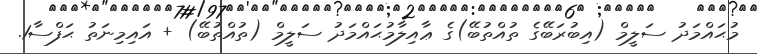
މުޙައްމަދު ސަލީމް (އިބުރަބޭގެ ތުއްތުބޭ)ގެ ޢާއިލާމުޙައްމަދު ސަލީމް (ތުއްތުބޭ) + އައިމިނަތު ޙަފްސާ1.